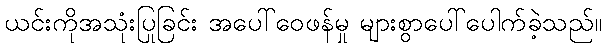
ယင်းကိုအသုံးပြုခြင်း အပေါ်ဝေဖန်မှု များစွာပေါ်ပေါက်ခဲ့သည်။